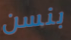
بنسن